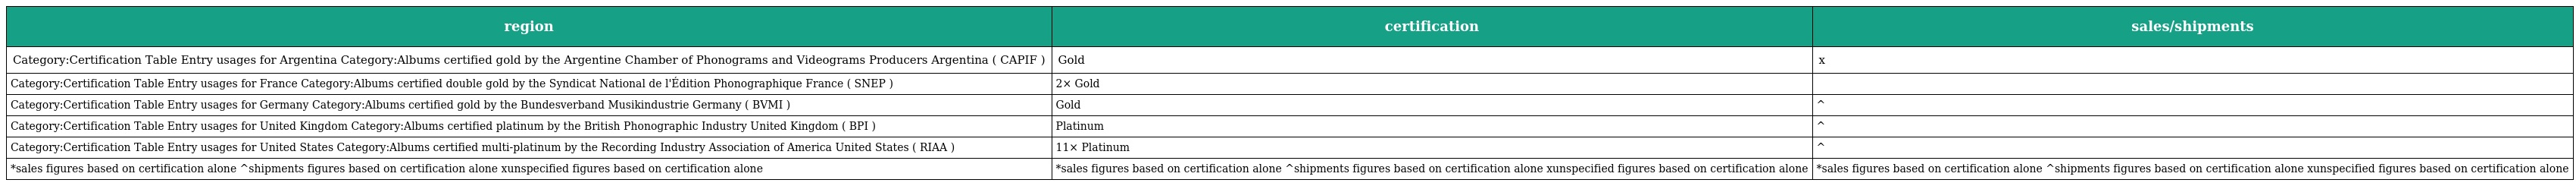
| region | certification | sales/shipments |
 | --- | --- | --- |
 | Category:Certification Table Entry usages for Argentina Category:Albums certified gold by the Argentine Chamber of Phonograms and Videograms Producers Argentina ( CAPIF ) | Gold | x |
 | Category:Certification Table Entry usages for France Category:Albums certified double gold by the Syndicat National de l'Édition Phonographique France ( SNEP ) | 2× Gold |  |
 | Category:Certification Table Entry usages for Germany Category:Albums certified gold by the Bundesverband Musikindustrie Germany ( BVMI ) | Gold | ^ |
 | Category:Certification Table Entry usages for United Kingdom Category:Albums certified platinum by the British Phonographic Industry United Kingdom ( BPI ) | Platinum | ^ |
 | Category:Certification Table Entry usages for United States Category:Albums certified multi-platinum by the Recording Industry Association of America United States ( RIAA ) | 11× Platinum | ^ |
 | *sales figures based on certification alone ^shipments figures based on certification alone xunspecified figures based on certification alone | *sales figures based on certification alone ^shipments figures based on certification alone xunspecified figures based on certification alone | *sales figures based on certification alone ^shipments figures based on certification alone xunspecified figures based on certification alone |